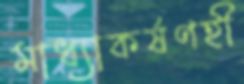
মাধ্যাকর্ষণহী